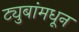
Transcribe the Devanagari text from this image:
ट्युबांमधून